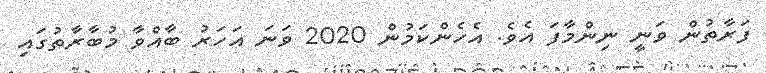
ފަރާތުން ވަނީ ނިންމާފަ އެވެ. އެހެންކަމުން 2020 ވަނަ އަހަރު ބާއްވާ މުބާރާތުގައި